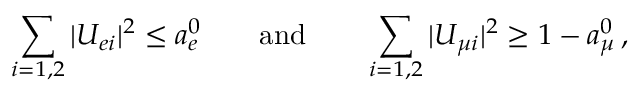
\sum _ { i = 1 , 2 } | U _ { e i } | ^ { 2 } \leq a _ { e } ^ { 0 } \qquad \mathrm { a n d } \qquad \sum _ { i = 1 , 2 } | U _ { { \mu } i } | ^ { 2 } \geq 1 - a _ { \mu } ^ { 0 } \, ,